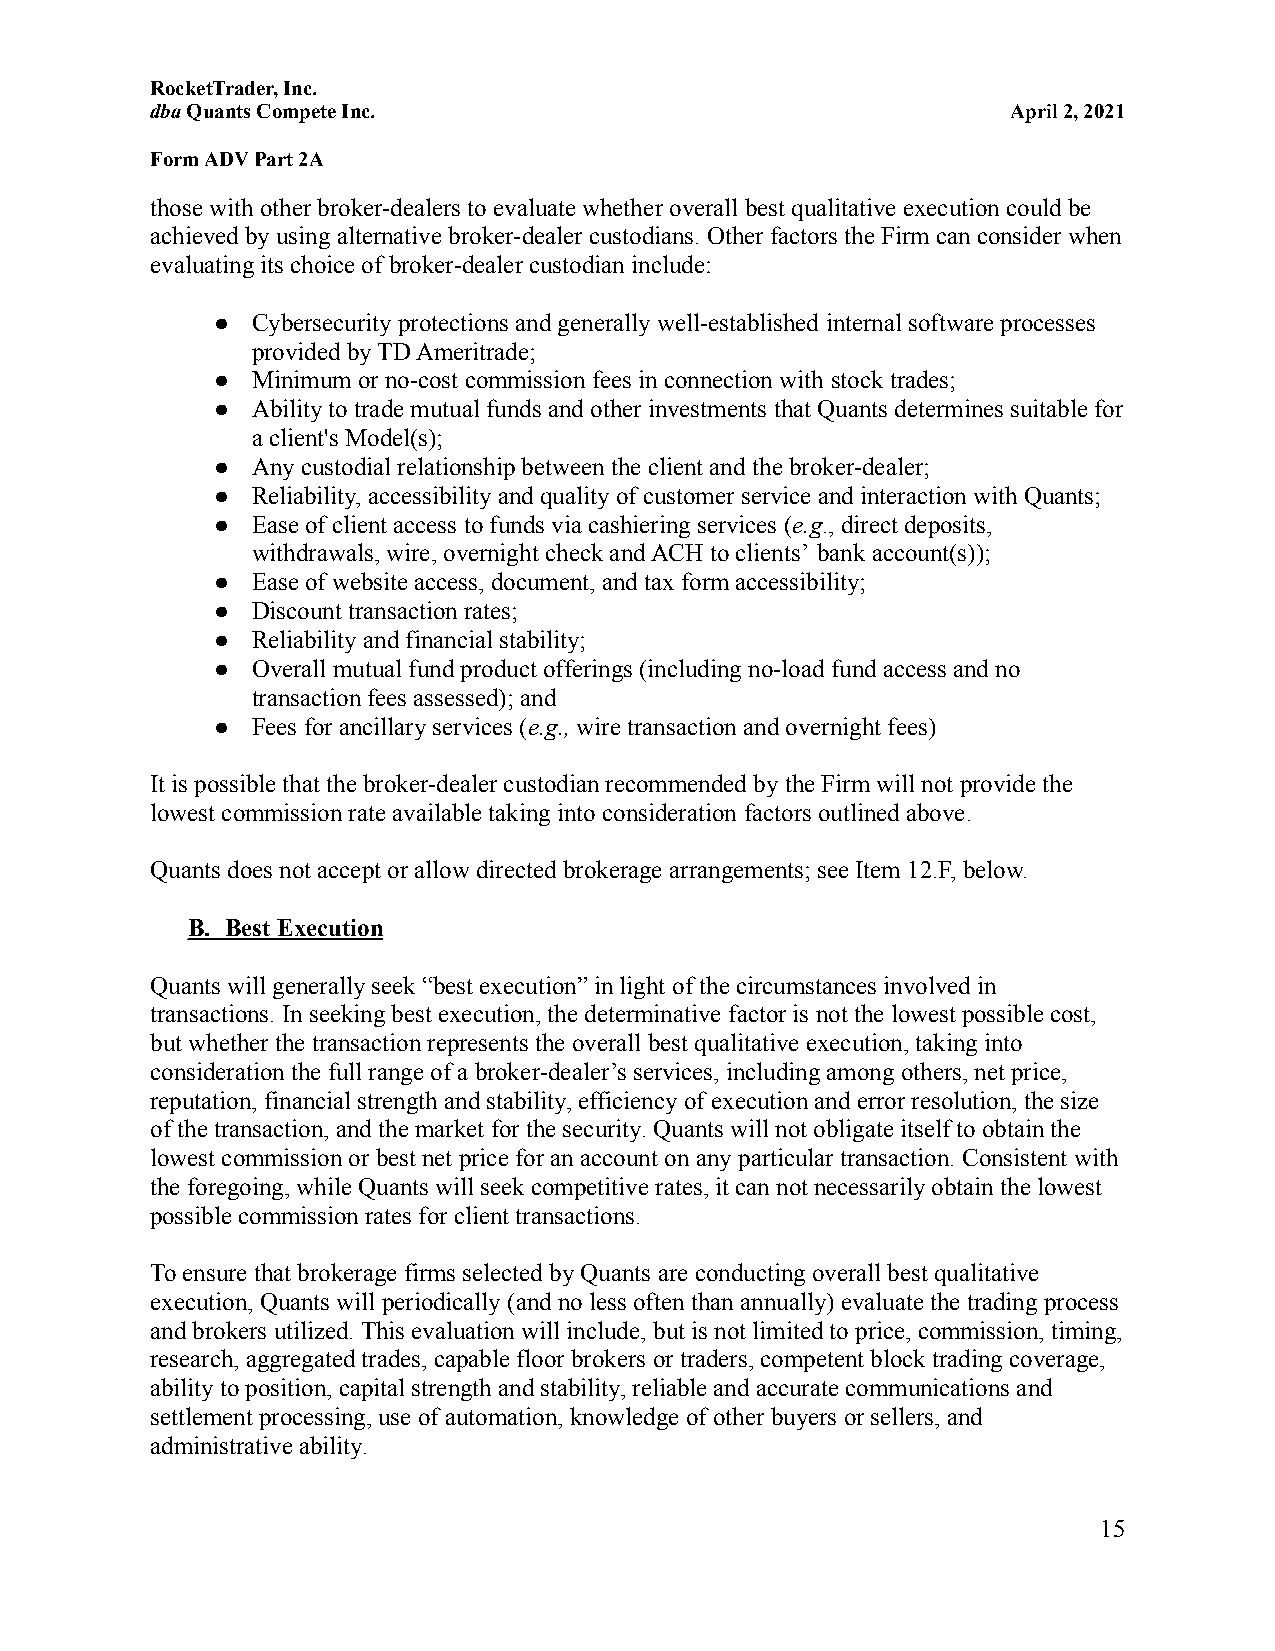
RocketTrader, Inc.
 dbaQuants Compete Inc.                                   April 2, 2021
 Form ADV Part 2A
 those with other broker-dealers to evaluate whether overall best qualitative execution could be
 achieved by using alternative broker-dealer custodians. Other factors the Firm can consider when
 evaluating its choice of broker-dealer custodian include:
 ●  Cybersecurity protections and generally well-establishedinternal software processes
 provided by TD Ameritrade;
 ●  Minimum or no-cost commission fees in connection with stock trades;
 ●  Ability to trade mutual funds and other investmentsthat Quants determines suitable for
 a client's Model(s);
 ●  Any custodial relationship between the client andthe broker-dealer;
 ●  Reliability, accessibility and quality of customer service and interaction with Quants;
 ●  Ease of client access to funds via cashiering services(e.g., direct deposits,
 withdrawals, wire, overnight check and ACH to clients’ bank account(s));
 ●  Ease of website access, document, and tax form accessibility;
 ●  Discount transaction rates;
 ●  Reliability and financial stability;
 ●  Overall mutual fund product offerings (including no-loadfund access and no
 transaction fees assessed); and
 ●  Fees for ancillary services (e.g.,wire transactionand overnight fees)
 It is possible that the broker-dealer custodian recommendedby the Firm will not provide the
 lowest commission rate available taking into considerationfactors outlined above.
 Quants does not accept or allow directed brokeragearrangements; see Item 12.F, below.
 B. Best Execution
 Quants will generally seek “best execution” in lightof the circumstances involved in
 transactions. In seeking best execution, the determinativefactor is not the lowest possible cost,
 but whether the transaction represents the overall best qualitative execution, taking into
 consideration the full range of a broker-dealer’sservices, including among others, net price,
 reputation, financial strength and stability, efficiencyof execution and error resolution, the size
 of the transaction, and the market for the security.Quants will not obligate itself to obtain the
 lowest commission or best net price for an account on any particular transaction. Consistent with
 the foregoing, while Quants will seek competitiverates, it can not necessarily obtain the lowest
 possible commission rates for client transactions.
 To ensure that brokerage firms selected by Quants are conducting overall best qualitative
 execution, Quants will periodically (and no less oftenthan annually) evaluate the trading process
 and brokers utilized. This evaluation will include, but is not limited to price, commission, timing,
 research, aggregated trades, capable floor brokers or traders, competent block trading coverage,
 ability to position, capital strength and stability,reliable and accurate communications and
 settlement processing, use of automation, knowledgeof other buyers or sellers, and
 administrative ability.
 15